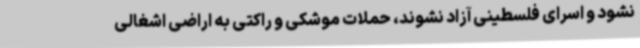
نشود و اسرای فلسطینی آزاد نشوند، حملات موشکی و راکتی به اراضی اشغالی